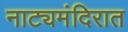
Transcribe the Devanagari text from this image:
नाट्यमंदिरात